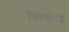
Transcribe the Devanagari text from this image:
चित्रसभई